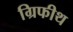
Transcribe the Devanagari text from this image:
ग्रिफीथ